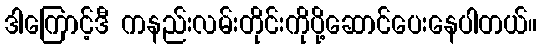
ဒါကြောင့်ဒီ ကနည်းလမ်းတိုင်းကိုပို့ဆောင်ပေးနေပါတယ်။